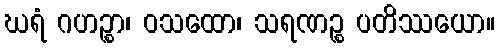
ဃရံ ဂဟဉ္စာ၊ ဝသထော၊ သရဏဉ္စ ပတိဿယော။